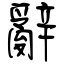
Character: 辭